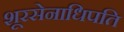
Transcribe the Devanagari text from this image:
शूरसेनाधिपति